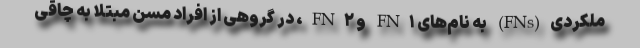
ملکردی(FNs) به نام‌های FN۱ و FN۲، در گروهی از افراد مسن مبتلا به چاقی